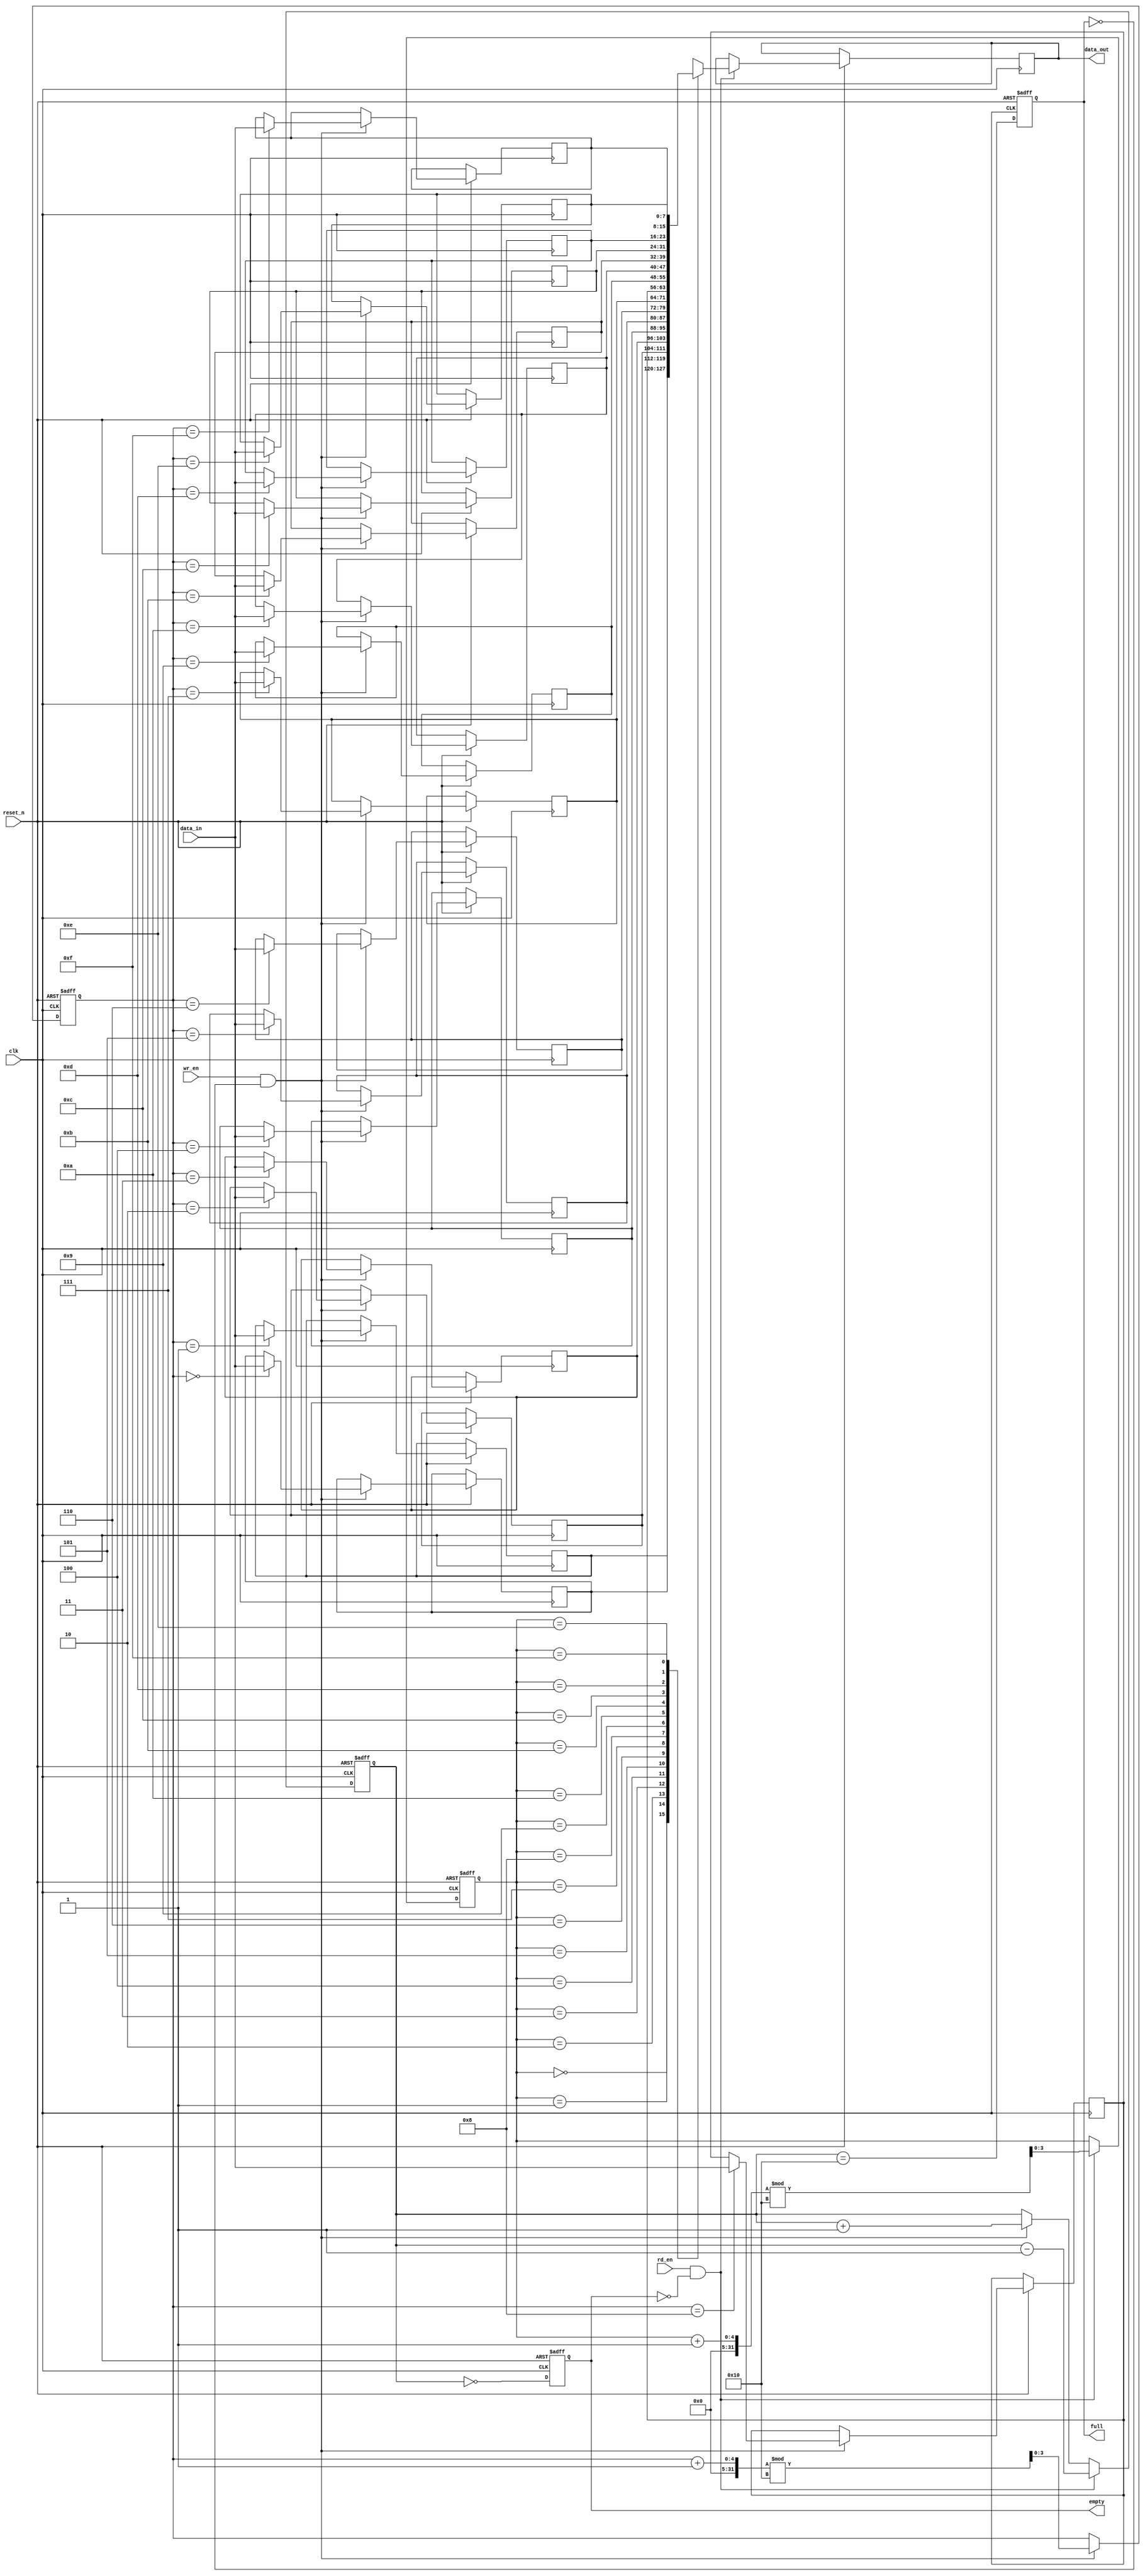
module fifo_sram #(
    parameter DEPTH = 16,       // Number of entries in the FIFO
    parameter WIDTH = 8         // Width of each entry in bits
) (
    input wire clk,             // Clock signal
    input wire reset_n,         // Active low asynchronous reset
    input wire wr_en,           // Write enable
    input wire rd_en,           // Read enable
    input wire [WIDTH-1:0] data_in, // Data input
    output reg [WIDTH-1:0] data_out, // Data output
    output reg full,            // Full flag
    output reg empty            // Empty flag
);

    // Memory array
    reg [WIDTH-1:0] fifo_mem [0:DEPTH-1];

    // Write and read pointers
    reg [$clog2(DEPTH)-1:0] wr_ptr;
    reg [$clog2(DEPTH)-1:0] rd_ptr;
    reg [$clog2(DEPTH):0] count; // Count of items in FIFO

    // Asynchronous reset
    always @(posedge clk or negedge reset_n) begin
        if (!reset_n) begin
            wr_ptr <= 0;
            rd_ptr <= 0;
            count <= 0;
            full <= 0;
            empty <= 1;
        end else begin
            // Write operation
            if (wr_en && !full) begin
                fifo_mem[wr_ptr] <= data_in; // Write data to FIFO
                wr_ptr <= (wr_ptr + 1) % DEPTH; // Increment write pointer
                count <= count + 1; // Increment count
            end
            
            // Read operation
            if (rd_en && !empty) begin
                data_out <= fifo_mem[rd_ptr]; // Read data from FIFO
                rd_ptr <= (rd_ptr + 1) % DEPTH; // Increment read pointer
                count <= count - 1; // Decrement count
            end
            
            // Update full and empty flags
            full <= (count == DEPTH);
            empty <= (count == 0);
        end
    end

endmodule